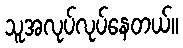
သူအလုပ်လုပ်နေတယ်။